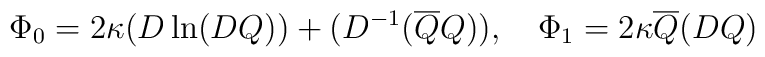
\Phi_{0} = 2\kappa (D \ln (DQ)) + (D^{-1}(\overline{Q}Q)),\quad\Phi_{1} = 2\kappa \overline{Q} (DQ)